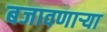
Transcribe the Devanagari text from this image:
बजावणार्‍या